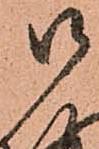
御